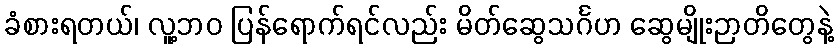
ခံစားရတယ်၊ လူ့ဘဝ ပြန်ရောက်ရင်လည်း မိတ်ဆွေသင်္ဂဟ ဆွေမျိုးဉာတိတွေနဲ့